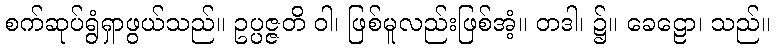
စက်ဆုပ်ရွံရှာဖွယ်သည်။ ဥပ္ပဇ္ဇတိ ဝါ၊ ဖြစ်မူလည်းဖြစ်အံ့။ တဒါ၊ ၌။ ခေဠော၊ သည်။